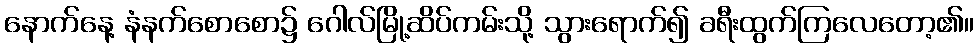
နောက်နေ့ နံနက်စောစော၌ ဂေါလ်မြို့ဆိပ်ကမ်းသို့ သွားရောက်၍ ခရီးထွက်ကြလေတော့၏။